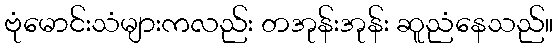
ဗုံမောင်းသံများကလည်း တအုန်းအုန်း ဆူညံနေသည်။